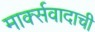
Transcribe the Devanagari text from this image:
मार्क्सवादाची